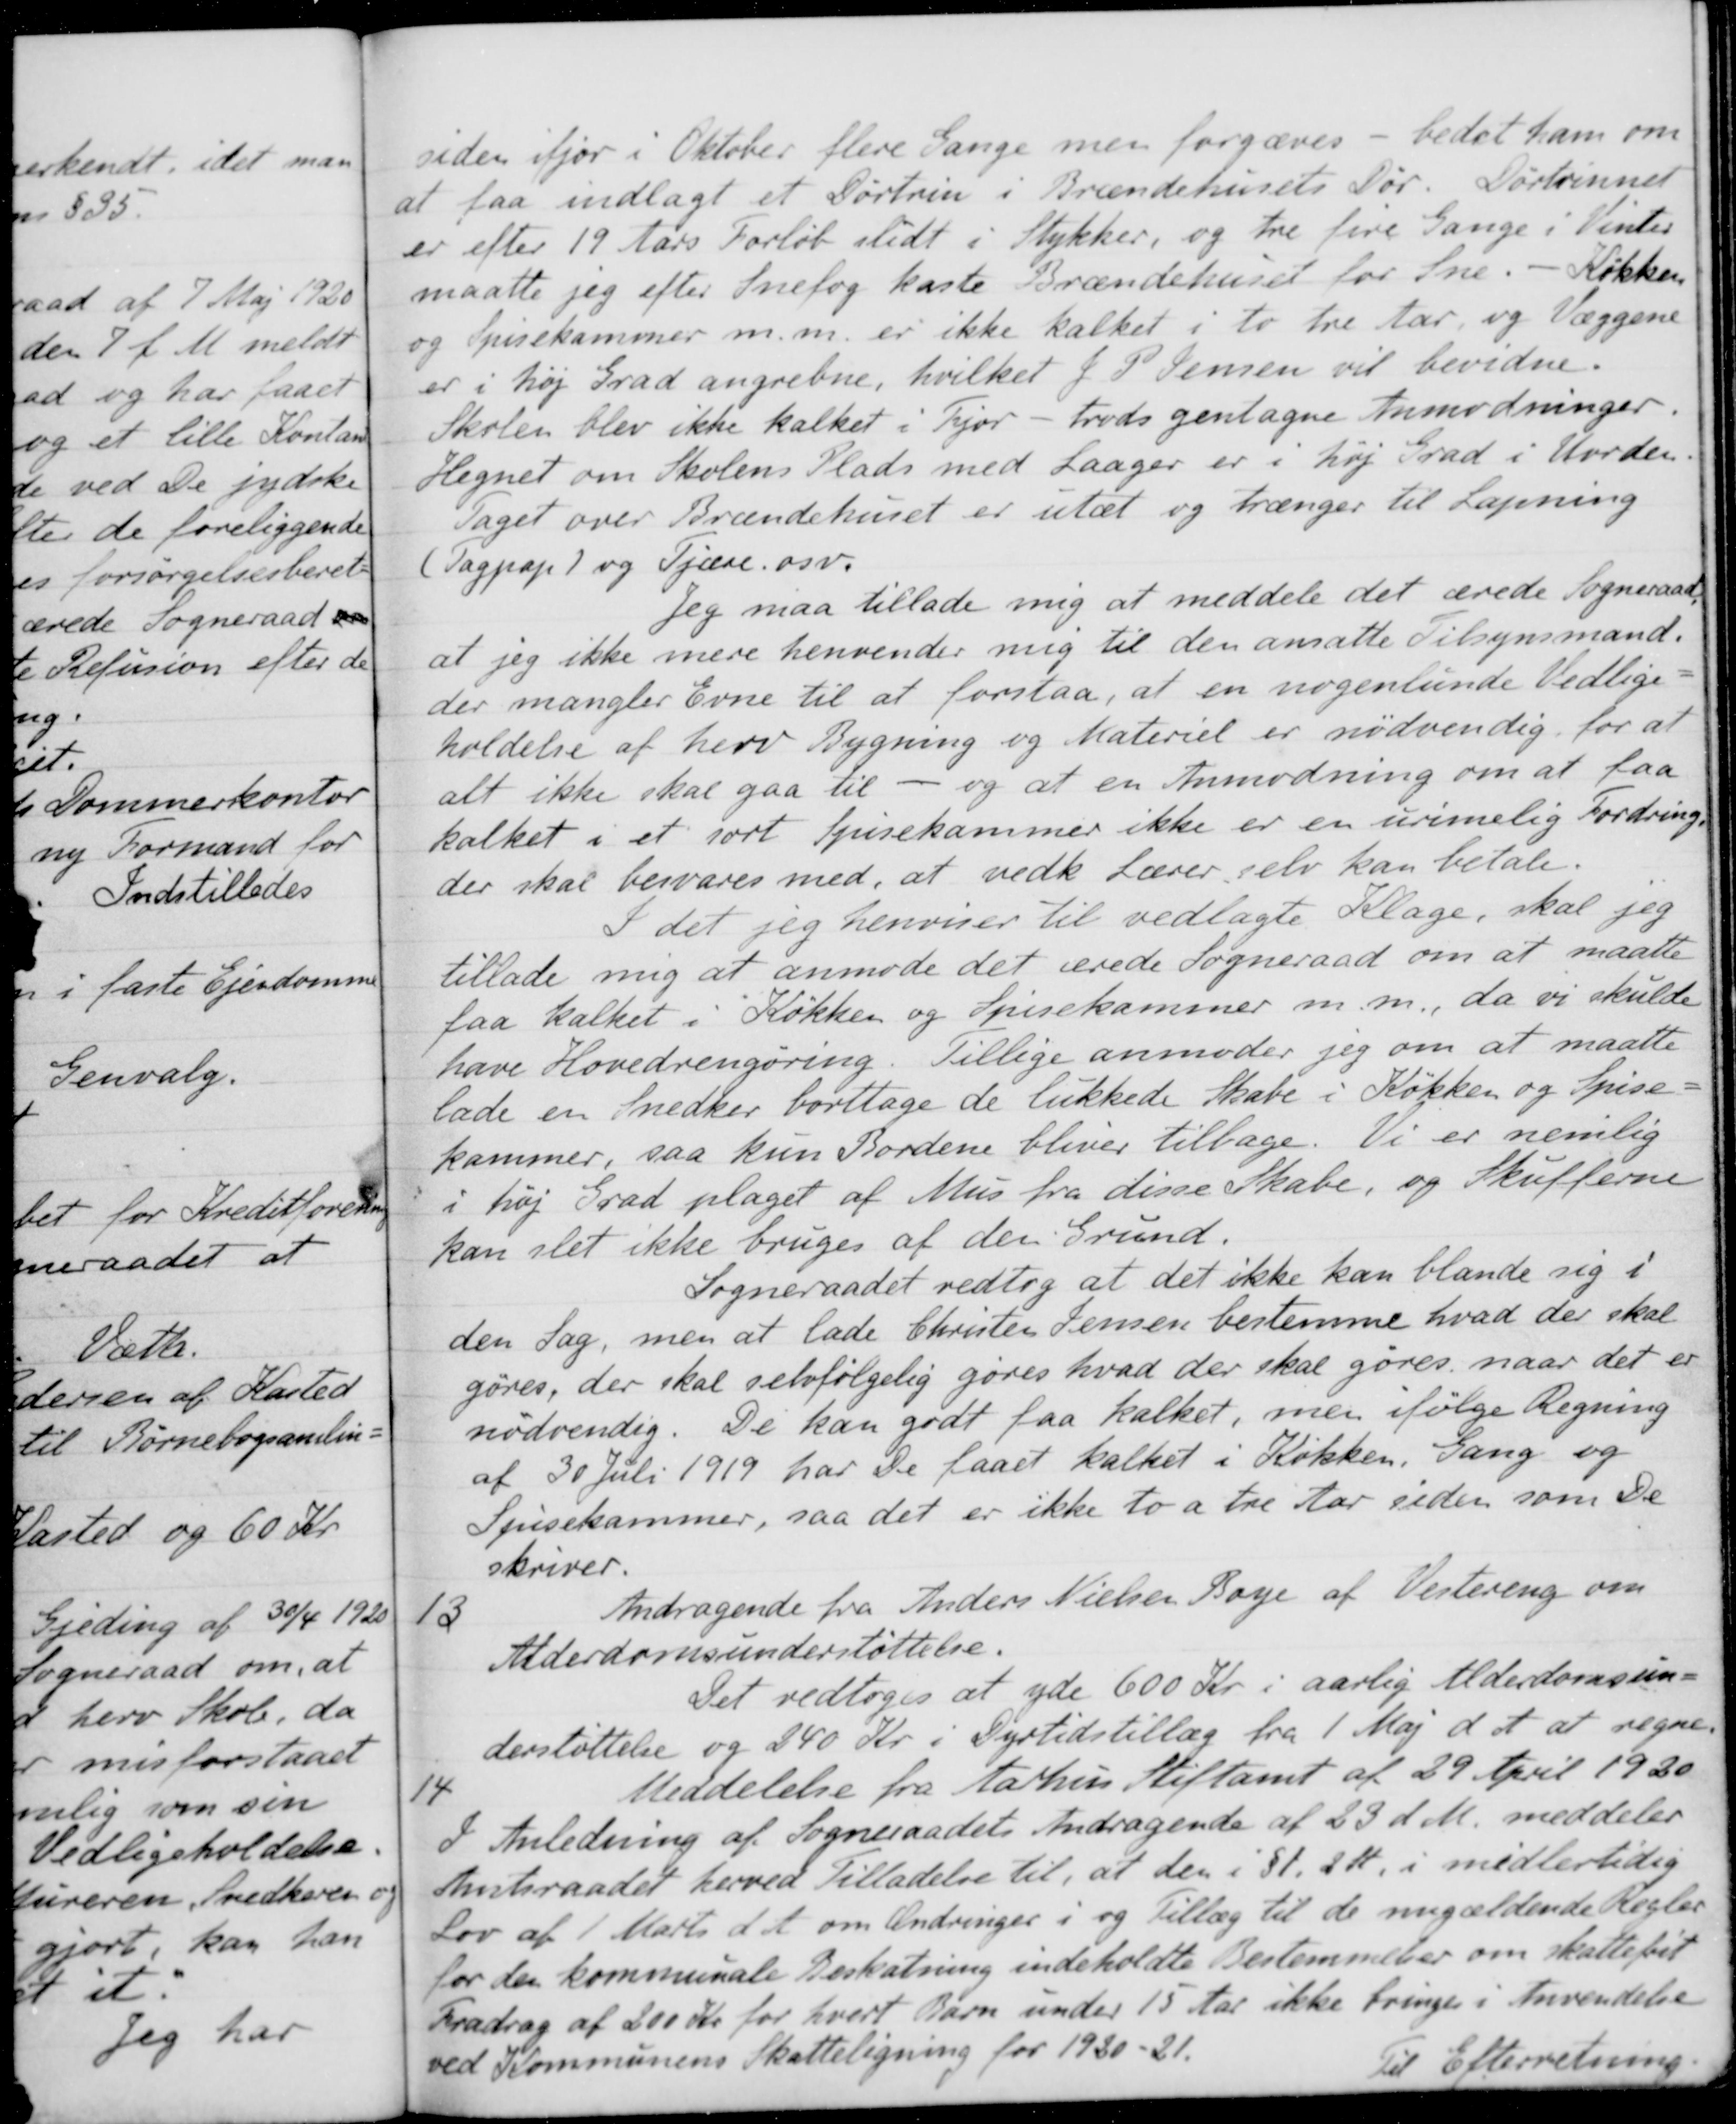
Transskription:
siden ifjor i Oktober flere Gange men forgæves - bedet ham om
at faa indlagt et Dørtrin i Brændehusets Dør. Dørtrinnet
er efter 19 Aars Forløb slidt i Stykker, og tre fire Gange i Vinter
maatte jeg efter Snefog kaste Brændehuset for Sne. - Køkken
og Spisekammer m.m. er ikke kalket i to tre Aar, og Væggene
er i høj Grad angrebne, hvilket J. P. Jensen vil bevidne.
Skolen blev ikke kalket i Fjor - trods gentagne Anmodninger.
Hegnet om Skolens Plads med Laager er i høj Grad i Uorden
Taget over Brændehuset er utæt og trænger til Lapning
(Tagpap) og Tjære osv.
Jeg maa tillade mig at meddele det ærede Sogneraad
at jeg ikke mere henvender mig til den ansatte Tilsynsmand.
der mangler Evne til at forstaa, at en nogenlunde Vedlige-
holdelse af herv Bygning og Materiel er nødvendig for at
alt ikke skal gaa til - og at en Anmodning om at faa 
kalket i et sort spisekammer ikke er en urimelig Fordring,
der skal besvares med, at vedk Lærer selv kan betale.
I det jeg henviser til vedlagte Klage, skal jeg
tillade mig at anmode det ærede Sogneraad om at maatte
faa kalket i Køkken og Spisekammer m. m., da vi skulde
have Hovedrengøring. Tillige anmoder jeg om at maatte
lade en Snedker borttage de lukkede Skabe i Køkken og Spise-
kammer, saa kun Bordene bliver tilbage. Vi er nemlig
i høj Grad plaget af Mus fra disse Skabe, og Skufferne
kan slet ikke bruges af den Grund.
Sogneraadet vedtog at det ikke kan blande sig i
den Sag, men at lade Christen Jensen bestemme hvad der skal
gøres, der skal selvfølgelig gøres hvad der skal gøres, naar det er
nødvendig. De kan godt faa kalket, men ifølge Regning
af 30 Juli 1919 har De faaet kalket i Køkken, Gang og
Spisekammer, saa det er ikke to a tre Aar siden som De
skriver.
13
Andragende fra Anders Nielsen Boye af Vestereng om
Alderdomsunderstøttelse.
Det vedtoges at yde 600 Kr. i aarlig Alderdomsun-
derstøttelse og 240 Kr. i Dyrtidstillæg fra 1 Maj d. A. at regne
14
Meddelelse fra Aarhus Stiftamt af 29 April 1920
I Anledning af Sogneraadets Andragende af 23 d. M. meddeler
Amtsraadet herved Tilladelse til, at den i § 1, 2 St, i midlertidig
Lov af 1 Marts d. A. om Ændringer i og Tillæg til de nugældende Regler
for den kommunale Beskatning indeholdte Bestemmeber om skattefrit
Fradrag af 200 Kr for hvert Barn under 15 Aar ikke bringes i Anvendelse
ved Kommunens Skatteligning for 1920-21.
Til Efterretning

-